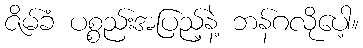
ဇိမ်ခံ ပစ္စည်းအပြည့်နဲ့ ဘန်ဂလိုပေါ့။